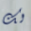
لك